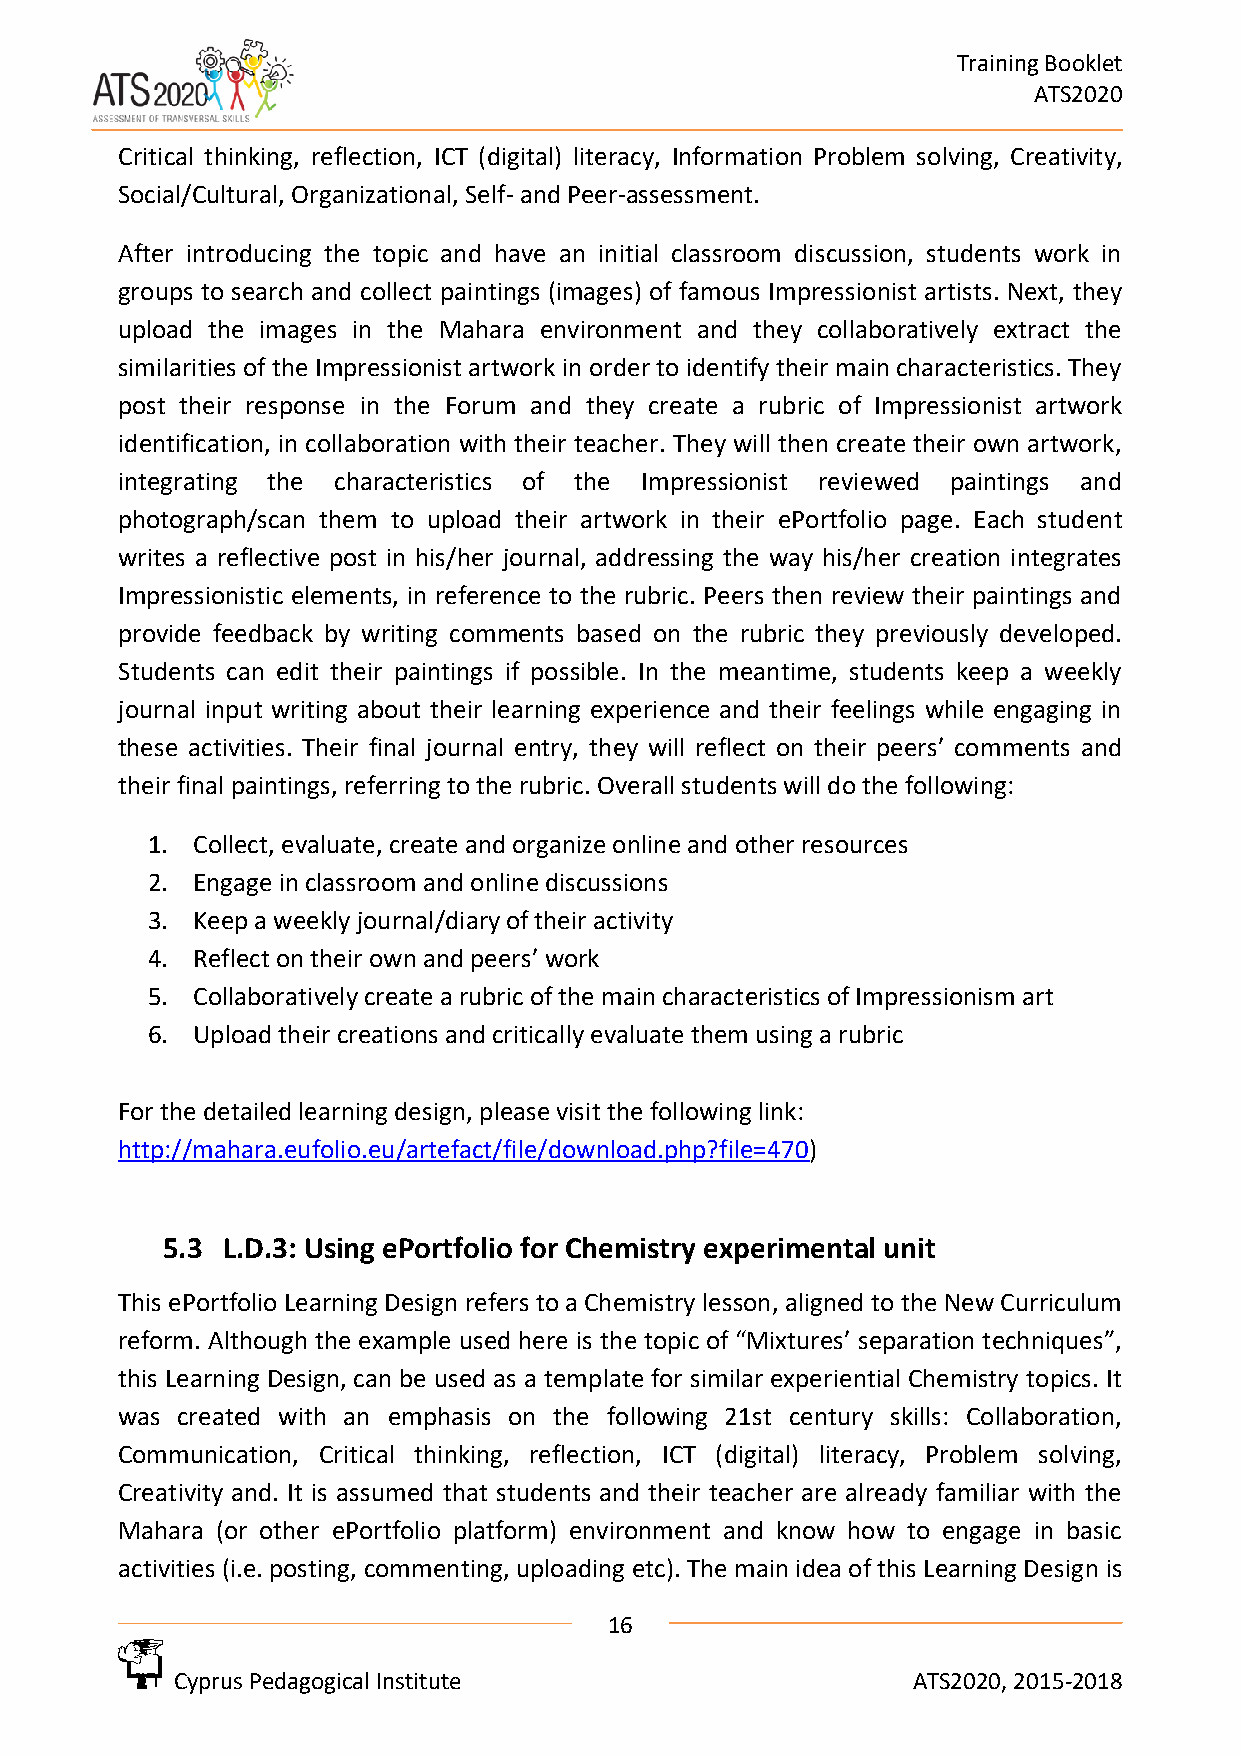
Training Booklet
 ATS2020
 Critical thinking, reflection, ICT (digital) literacy, Information Problem solving, Creativity,
 Social/Cultural, Organizational, Self- and Peer-assessment.
 After introducing the topic and have an initial classroom discussion, students work in
 groups to search and collect paintings (images) of famous Impressionist artists. Next, they
 upload the images in the Mahara environment and they collaboratively extract the
 similarities of the Impressionist artwork in order to identify their main characteristics. They
 post their response in the Forum and they create a rubric of Impressionist artwork
 identification, in collaboration with their teacher. They will then create their own artwork,
 integrating the characteristics of the Impressionist reviewed paintings and
 photograph/scan them to upload their artwork in their ePortfolio page. Each student
 writes a reflective post in his/her journal, addressing the way his/her creation integrates
 Impressionistic elements, in reference to the rubric. Peers then review their paintings and
 provide feedback by writing comments based on the rubric they previously developed.
 Students can edit their paintings if possible. In the meantime, students keep a weekly
 journal input writing about their learning experience and their feelings while engaging in
 these activities. Their final journal entry, they will reflect on their peers’ comments and
 their final paintings, referring to the rubric. Overall students will do the following:
 1. Collect, evaluate, create and organize online and other resources
 2. Engage in classroom and online discussions
 3. Keep a weekly journal/diary of their activity
 4. Reflect on their own and peers’ work
 5. Collaboratively create a rubric of the main characteristics of Impressionism art
 6. Upload their creations and critically evaluate them using a rubric
 For the detailed learning design, please visit the following link:
 http://mahara.eufolio.eu/artefact/file/download.php?file=470)
 5.3 L.D.3: Using ePortfolio for Chemistry experimental unit
 This ePortfolio Learning Design refers to a Chemistry lesson, aligned to the New Curriculum
 reform. Although the example used here is the topic of “Mixtures’ separation techniques”,
 this Learning Design, can be used as a template for similar experiential Chemistry topics. It
 was created with an emphasis on the following 21st century skills: Collaboration,
 Communication, Critical thinking, reflection, ICT (digital) literacy, Problem solving,
 Creativity and. It is assumed that students and their teacher are already familiar with the
 Mahara (or other ePortfolio platform) environment and know how to engage in basic
 activities (i.e. posting, commenting, uploading etc). The main idea of this Learning Design is
 16
 Cyprus Pedagogical Institute                    ATS2020, 2015-2018